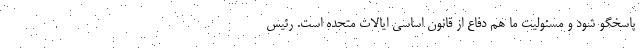
پاسخگو شود و مسئولیت ما هم دفاع از قانون اساسی ایالات متحده است. رئیس